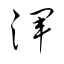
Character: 渾